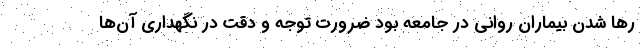
رها شدن بیماران روانی در جامعه بود ضرورت توجه و دقت در نگهداری آن‌ها